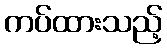
ကပ်ထားသည့်